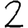
Digit: 2